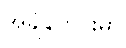
အချိန်တိုင်းမှာ